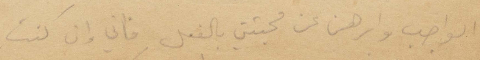
الواجب وابرهن عن محبتي بالفعل فاني وان كنت